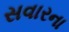
સવારના